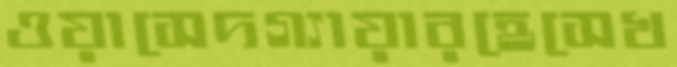
ওয়াসেদগ্যায়ারহেসেখ